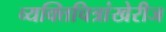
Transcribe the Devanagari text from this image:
व्यक्तिचित्रांखेरीज